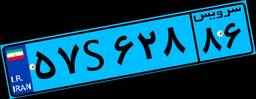
۸۴S۷۴۳۲۷